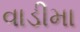
વાડીમા